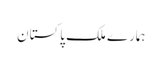
ہمارے ملک پاکستان